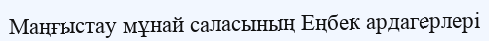
Маңғыстау мұнай саласының Еңбек ардагерлері